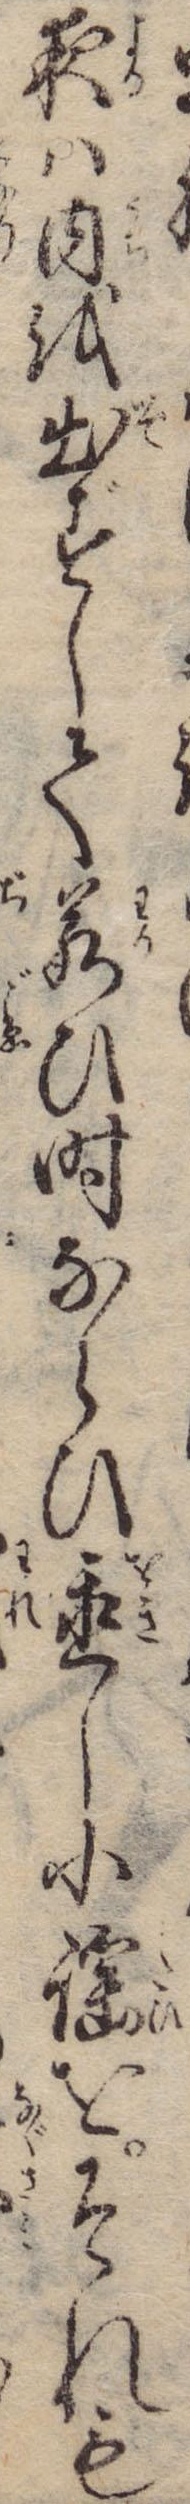
夜は内を出ずして若ひ時ならひ置し小謡をそれも